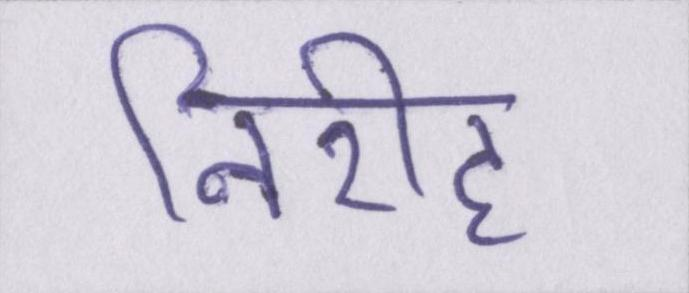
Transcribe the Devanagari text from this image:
निरीह